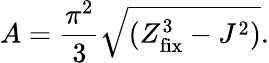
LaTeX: A={\frac{\pi^{2}}{3}}\sqrt{(Z_{\mathrm{fix}}^{3}-J^{2})}.